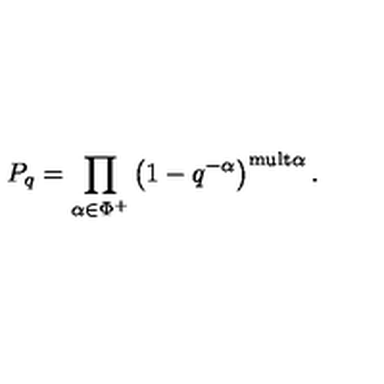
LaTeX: P _ { q } = \prod _ { \alpha \in \Phi ^ { + } } \left( 1 - q ^ { - \alpha } \right) ^ { \mathrm { m u l t } \alpha } .